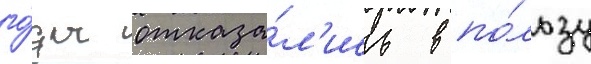
го́ды отказа́л'ись в по́льзу